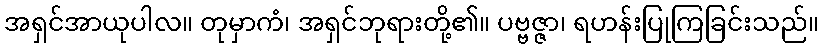
အရှင်အာယုပါလ။ တုမှာကံ၊ အရှင်ဘုရားတို့၏။ ပဗ္ဗဇ္ဇာ၊ ရဟန်းပြုကြခြင်းသည်။